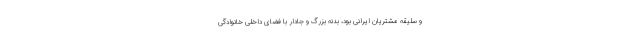
و سلیقه مشتریان ایرانی بود، بدنه بزرگ و جادار با فضای داخلی خانوادگی